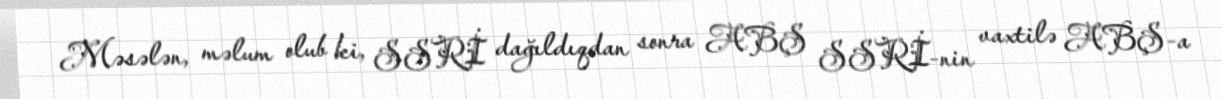
Məsələn, məlum olub ki, SSRİ dağıldıqdan sonra ABŞ SSRİ-nin vaxtilə ABŞ-a